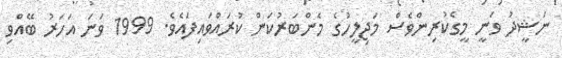
ނަޝީދު ވަނީ މީގެކުރިންވެސް މަޖިލީހުގެ މެންބަރުކަން ކުރައްވައިފައެވެ. 1999 ވަނަ އަހަރު ބޭއްވި